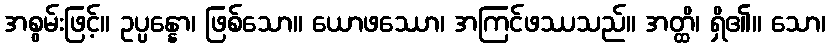
အစွမ်းဖြင့်။ ဥပ္ပန္နော၊ ဖြစ်သော။ ယောဖဿော၊ အကြင်ဖဿသည်။ အတ္ထိ၊ ရှိ၏။ သော၊